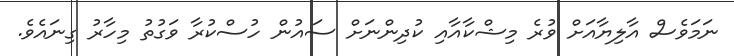
ނަމަވެސް އާލިޔާއަށް ވުރެ މިޝްކާއާއި ކުދިންނަށް ސައުން ހުސްކުރާ ވަގުތު މިހާރު ގިނައެވެ.